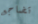
تضاجع